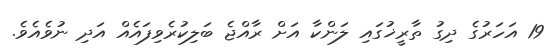
19 އަހަރުގެ ދިގު ތާރީޚުގައި ލަންކާ އަށް ރާއްޖެ ބަލިކުރެވިފައެއް އަދި ނުވެއެވެ.